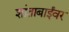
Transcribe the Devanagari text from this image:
शांताबाईंवर